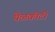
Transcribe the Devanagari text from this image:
येळकोटी